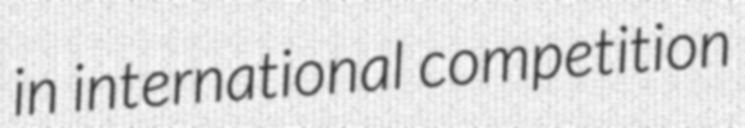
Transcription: in international competition